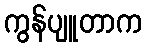
ကွန်ပျူတာက